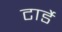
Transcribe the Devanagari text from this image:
टार्डे